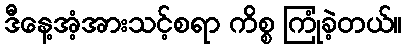
ဒီနေ့အံ့အားသင့်စရာ ကိစ္စ ကြုံခဲ့တယ်။